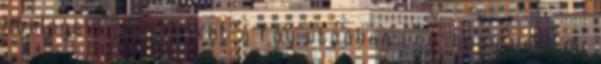
libalegelő pályátokat a fáy utcában ugy, hogy nem mi